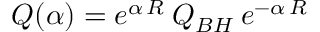
Q ( \alpha ) = e ^ { \alpha \, R } \: Q _ { B H } \: e ^ { - \alpha \, R }